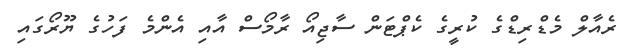
ރެއާލް މެޑްރިޑްގެ ކުރީގެ ކެޕްޓަން ސާޖިއޯ ރާމޯސް އާއި އެންމެ ފަހުގެ ޔޫރޯގައި